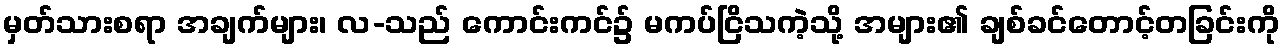
မှတ်သားစရာ အချက်များ၊ လ-သည် ကောင်းကင်၌ မကပ်ငြိသကဲ့သို့ အများ၏ ချစ်ခင်တောင့်တခြင်းကို